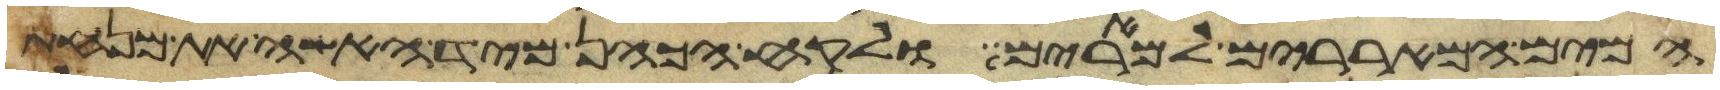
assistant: המים המאררים למרים ולקח הכהן מיד האשה את מנחת